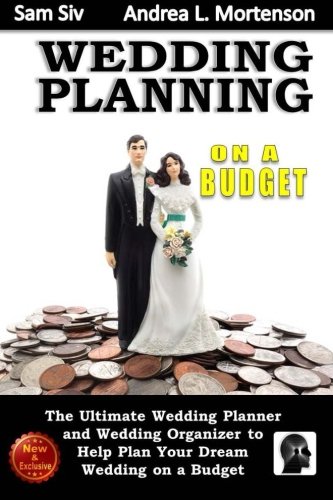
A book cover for Wedding Planning on a Budget: The Ultimate Wedding Planner and Wedding Organizer: To Help Plan Your Dream Wedding on a Budget (Weddings by Sam Siv) (Volume 24); Sam Siv; Crafts, Hobbies & Home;